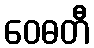
ဝေဓတီ